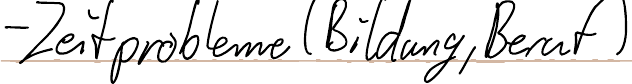
- Zeitprobleme (Bildung, Beruf)